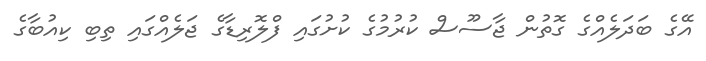
އޭގެ ބަދަލެއްގެ ގޮތުން ޖާސޫސް ކުރުމުގެ ކުށުގައި ފްލޮރިޑާގެ ޖަލެއްގައި ތިބި ކިއުބާގެ